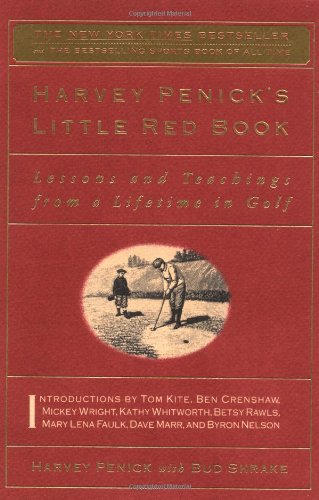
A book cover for Harvey Penick's Little Red Book: Lessons and Teachings from a Lifetime in Golf; Harvey Penick; Sports & Outdoors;